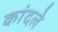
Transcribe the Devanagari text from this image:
कांदले